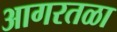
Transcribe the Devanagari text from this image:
आगरतळा